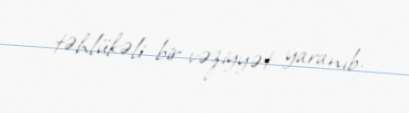
təhlükəli bir vəziyyət yaranıb.